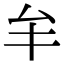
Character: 𠫚